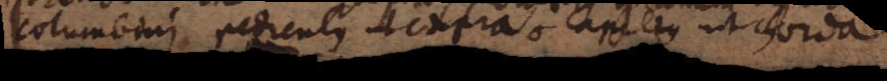
columbini pediculus ut capra et capellus ut chorda.